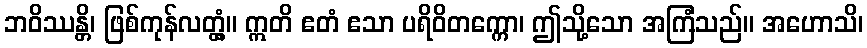
ဘဝိဿန္တိ၊ ဖြစ်ကုန်လတ္တံ့။ ဣတိ ဧတံ ဧသာ ပရိဝိတက္ကော၊ ဤသို့သော အကြံသည်။ အဟောသိ၊